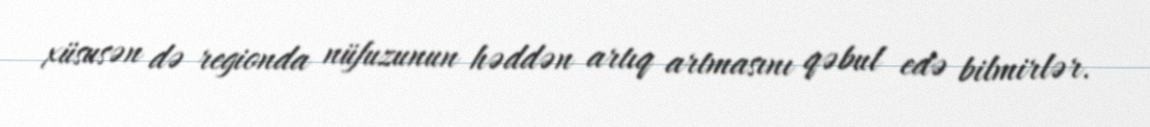
xüsusən də regionda nüfuzunun həddən artıq artmasını qəbul edə bilmirlər.